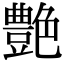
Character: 艶